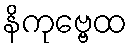
နိကုဗ္ဗေထ